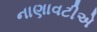
નાણાવટીએ